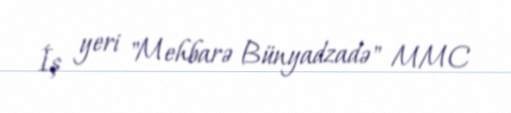
İş yeri "Mehbarə Bünyadzadə" MMC